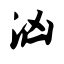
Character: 汹